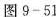
图9-51